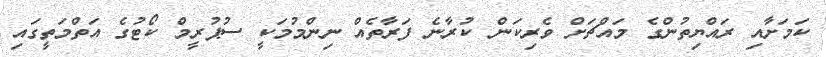
ކަމަށާއި ރައްޔިތުންގެ މައްޗަށް ވެރިކަން ކުރާނެ ފަރާތެއް ނިންމުމަކީ ސުޕުރީމް ކޯޓުގެ އަތްމަތީގައި